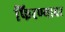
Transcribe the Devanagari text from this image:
फिरण्यावर